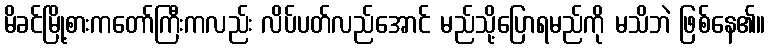
မိခင်မြို့စားကတော်ကြီးကလည်း လိပ်ပတ်လည်အောင် မည်သို့ပြောရမည်ကို မသိဘဲ ဖြစ်နေ၏။